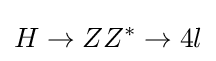
H\rightarrow ZZ^{*}\rightarrow 4l